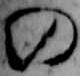
の